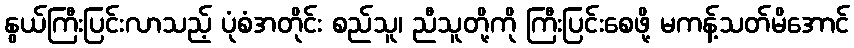
နွယ်ကြီးပြင်းလာသည့် ပုံစံအတိုင်း စည်သူ၊ ညီသူတို့ကို ကြီးပြင်းစေဖို့ မကန့်သတ်မိအောင်